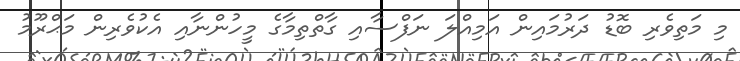
މި މަތިވެރި ބޮޑު ދަރުމައިން އަމިއްލަ ނަފްސާއި ގާތްތިމާގެ މީހުންނާއި އެކުވެރިން މަޙްރޫމު